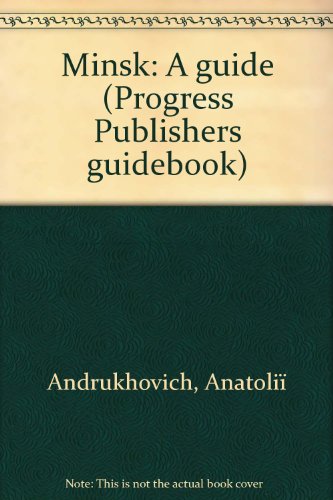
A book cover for Minsk: A guide (Progress Publishers guidebook); AnatoliiÃEE  Andrukhovich; Travel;